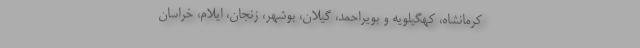
کرمانشاه، کهگیلویه و بویراحمد، گیلان، بوشهر، زنجان، ایلام، خراسان